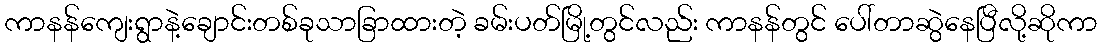
ကာနန်ကျေးရွာနဲ့ချောင်းတစ်ခုသာခြာထားတဲ့ ခမ်းပတ်မြို့တွင်လည်း ကာနန်တွင် ပေါ်တာဆွဲနေပြီလို့ဆိုကာ